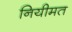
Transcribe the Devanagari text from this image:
नियीमत